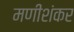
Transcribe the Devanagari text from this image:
मणीशंकर